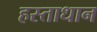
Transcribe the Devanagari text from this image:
हस्ताधान